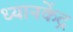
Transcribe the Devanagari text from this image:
ध्यानकेंद्र